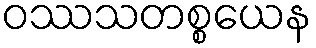
ဝဿသတစ္စယေန